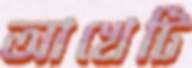
আখেটি